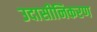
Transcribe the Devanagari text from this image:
उदासीनिकरण